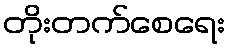
တိုးတက်စေရေး